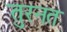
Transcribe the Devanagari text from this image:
तुरनत